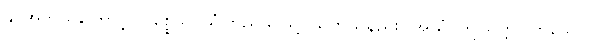
နု၊ အဘယ်ကြောင့်။ ပစ္စေသိ၊ ယုံကြည်သဖြင့် ယူဘိသနည်း။ အယံ၊ ဤသတ္တဝါဟူသော